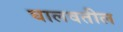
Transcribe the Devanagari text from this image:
घालवतील